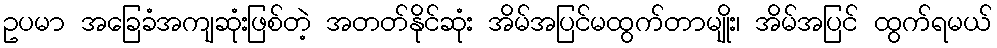
ဥပမာ အခြေခံအကျဆုံးဖြစ်တဲ့ အတတ်နိုင်ဆုံး အိမ်အပြင်မထွက်တာမျိုး၊ အိမ်အပြင် ထွက်ရမယ်